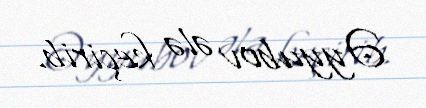
Əyyubov ələ keçirib.